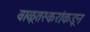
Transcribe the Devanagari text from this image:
वाळूतस्करांकडून